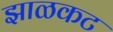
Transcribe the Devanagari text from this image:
झाळकट